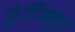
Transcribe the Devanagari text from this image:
कुंडिनपुर